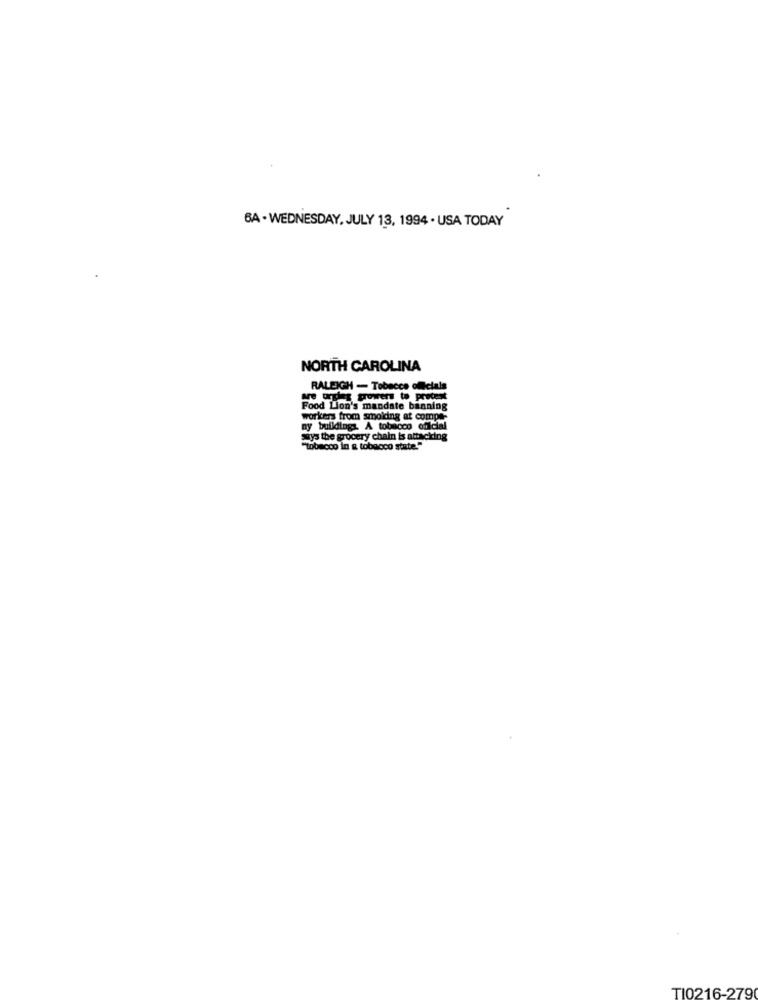
BA . WEDNESDAY, JULY 13 , 1994 . USA TODAY
NORTH CAROLINA
RALEIGH - Tobacco officials
are orgies growers to procest
Food Lion's mandate banning
workers from smolding at compe-
ny buildings. A tobacco official
Mys the grocery chain is attacking
""tobacco in & tobacco state."
TI0216-279